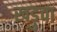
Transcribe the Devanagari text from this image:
खड़ुवा